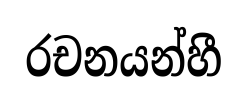
රචනයන්හී